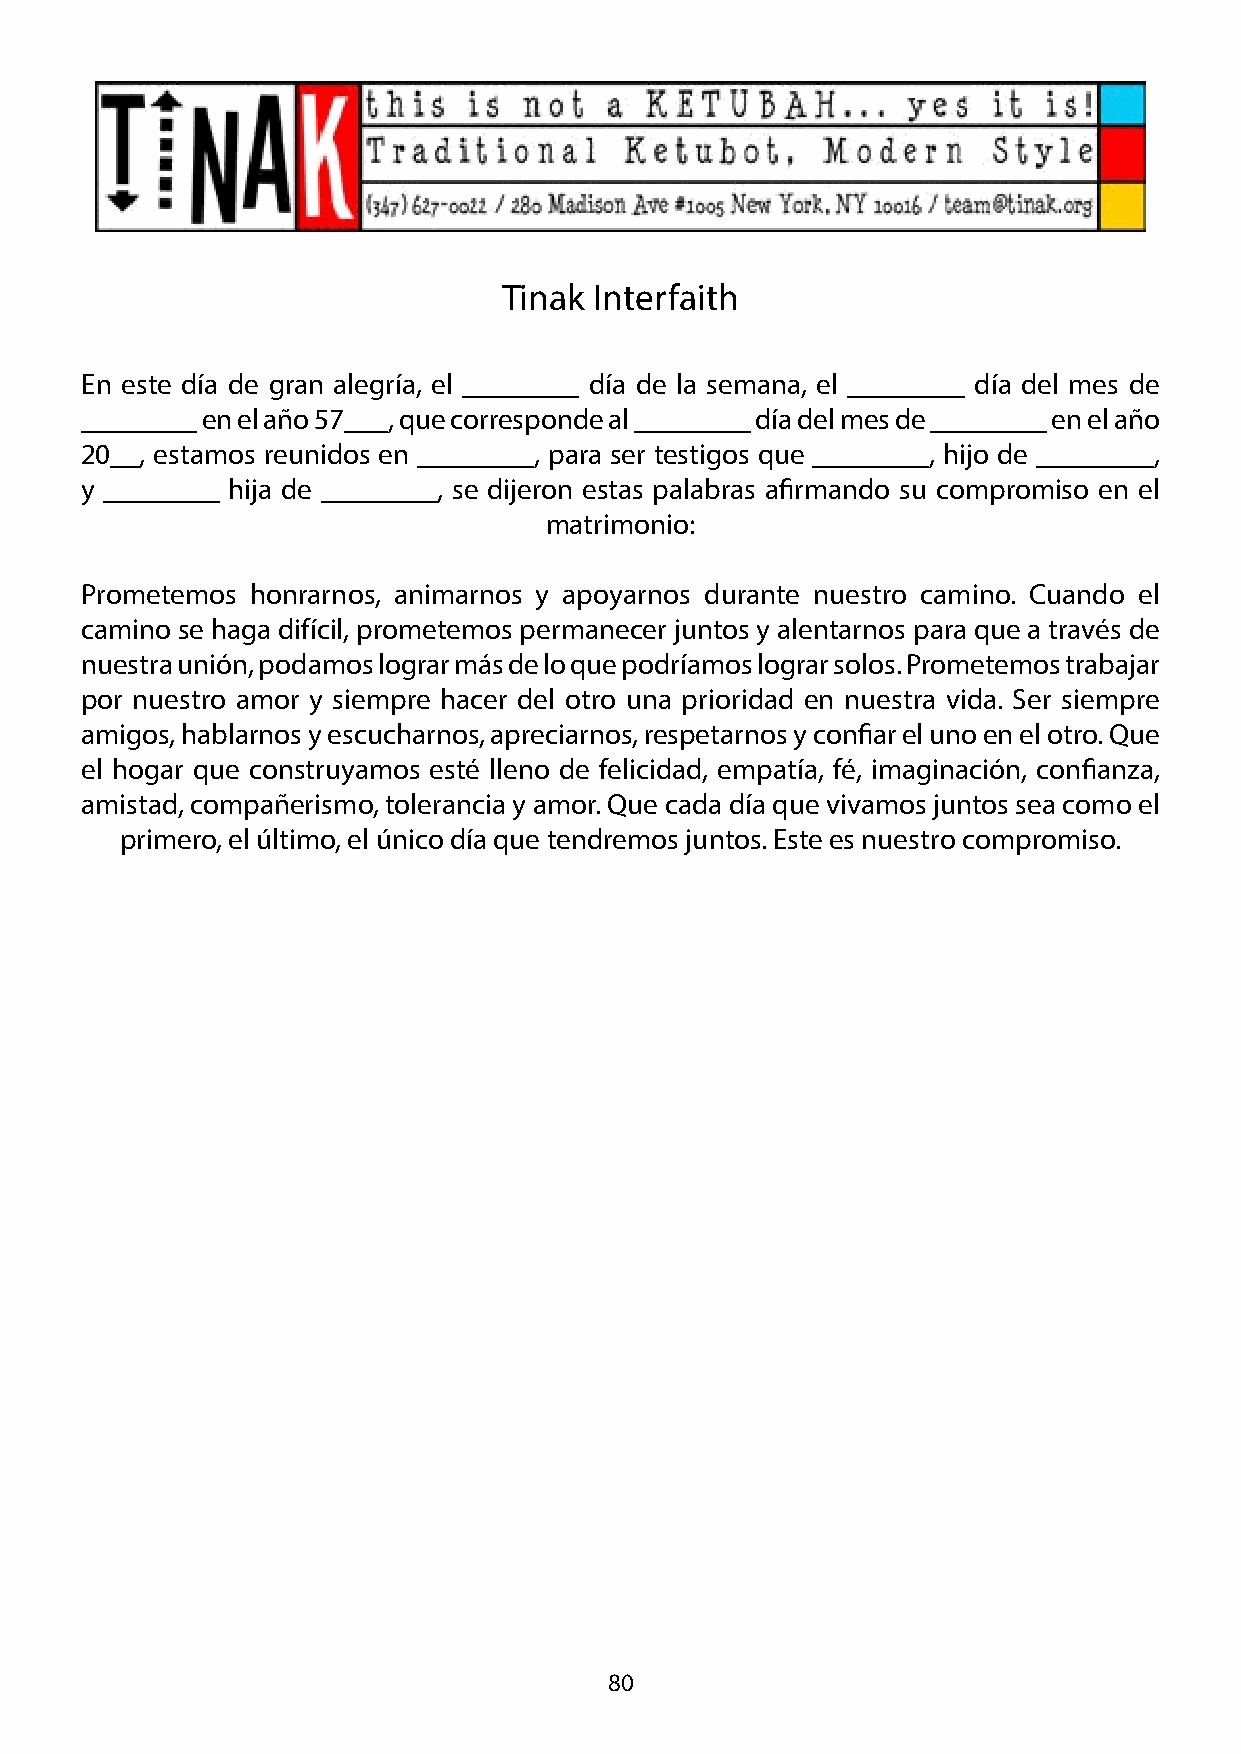
Tinak Interfaith
 En este día de gran alegría, el ________ día de la semana, el ________ día del mes de
 ________ en el año 57___, que corresponde al ________ día del mes de ________ en el año
 20__, estamos reunidos en ________, para ser testigos que ________, hijo de ________,
 y ________ hija de ________, se dijeron estas palabras afirmando su compromiso en el
 matrimonio:
 Prometemos  honrarnos, animarnos y apoyarnos durante nuestro camino. Cuando el
 camino se haga difícil, prometemos permanecer juntos y alentarnos para que a través de
 nuestra unión, podamos lograr más de lo que podríamos lograr solos. Prometemos trabajar
 por nuestro amor y siempre hacer del otro una prioridad en nuestra vida. Ser siempre
 amigos, hablarnos y escucharnos, apreciarnos, respetarnos y confiar el uno en el otro. Que
 el hogar que construyamos esté lleno de felicidad, empatía, fé, imaginación, confianza,
 amistad, compañerismo, tolerancia y amor. Que cada día que vivamos juntos sea como el
 primero, el último, el único día que tendremos juntos. Este es nuestro compromiso.
 80